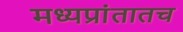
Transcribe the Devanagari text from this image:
मध्यप्रांतातच